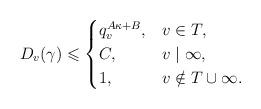
LaTeX: \begin{align*}D_v(\gamma)\leqslant\begin{cases} q_v^{A\kappa + B},& v \in T,\\C,& v\mid \infty,\\ 1,& v \notin T\cup \infty.\end{cases}\end{align*}